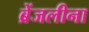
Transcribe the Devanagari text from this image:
ब्रेंजलीना